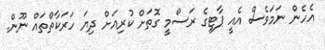
އެހެން ނަމަވެސް އެއީ ޕާޓީގެ ރަސްމީ ގޮތަށް ކުރިއަށް ދިޔަ ހަރަކާތްތައް ނޫން.